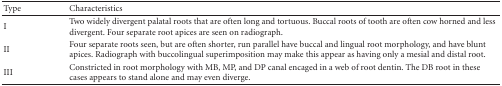
<table><thead><tr><td><b>Type</b></td><td><b>Characteristics</b></td></tr></thead><tbody><tr><td>I</td><td>Two widely divergent palatal roots that are often long and tortuous. Buccal roots of tooth are often cow horned and less divergent. Four separate root apices are seen on radiograph.</td></tr><tr><td>II</td><td>Four separate roots seen, but are often shorter, run parallel have buccal and lingual root morphology, and have blunt apices. Radiograph with buccolingual superimposition may make this appear as having only a mesial and distal root. </td></tr><tr><td>III</td><td>Constricted in root morphology with MB, MP, and DP canal encaged in a web of root dentin. The DB root in these cases appears to stand alone and may even diverge.</td></tr></tbody></table>